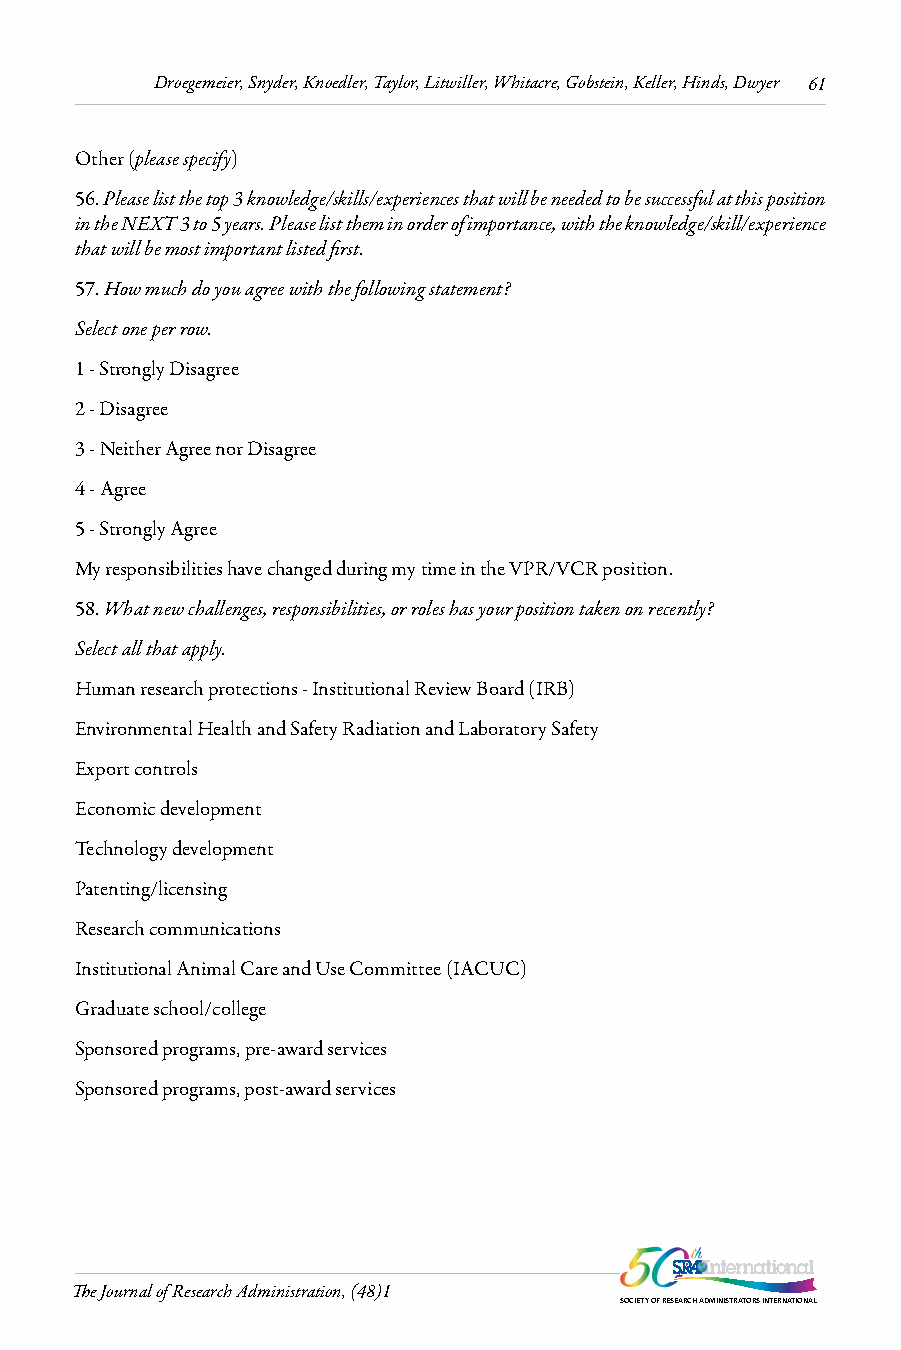
Droegemeier, Snyder, Knoedler, Taylor, Litwiller, Whitacre, Gobstein, Keller, Hinds, Dwyer 61
 Other (please specify)
 56. Please list the top 3 knowledge/skills/experiences that will be needed to be successful at this position
 in the NEXT 3 to 5 years. Please list them in order of importance, with the knowledge/skill/experience
 that will be most important listed first.
 57. How much do you agree with the following statement?
 Select one per row.
 1 - Strongly Disagree
 2 - Disagree
 3 - Neither Agree nor Disagree
 4 - Agree
 5 - Strongly Agree
 My responsibilities have changed during my time in the VPR/VCR position.
 58. What new challenges, responsibilities, or roles has your position taken on recently?
 Select all that apply.
 Human research protections - Institutional Review Board (IRB)
 Environmental Health and Safety Radiation and Laboratory Safety
 Export controls
 Economic development
 Technology development
 Patenting/licensing
 Research communications
 Institutional Animal Care and Use Committee (IACUC)
 Graduate school/college
 Sponsored programs, pre-award services
 Sponsored programs, post-award services
 The Journal of Research Administration, (48)1
 SOCIETY OF RESEARCH ADMINISTRATORS INTERNATIONAL